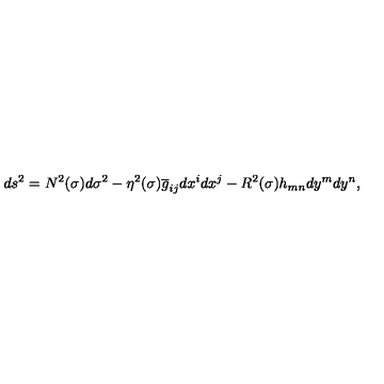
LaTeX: d s ^ { 2 } = N ^ { 2 } ( \sigma ) d \sigma ^ { 2 } - \eta ^ { 2 } ( \sigma ) \overline { { g } } _ { i j } d x ^ { i } d x ^ { j } - R ^ { 2 } ( \sigma ) h _ { m n } d y ^ { m } d y ^ { n } ,